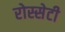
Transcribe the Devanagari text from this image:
रोस्सेटी